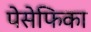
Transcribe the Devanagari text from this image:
पेसेफिका